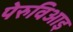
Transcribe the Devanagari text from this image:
पेरुविआइ